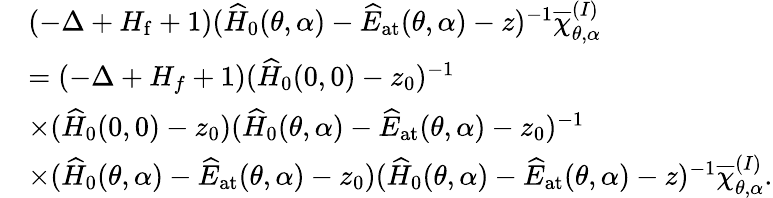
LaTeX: \begin{array}{rl}&{(-\Delta+H_{\mathrm{f}}+1)(\widehat{H}_{0}(\theta,\alpha)-\widehat{E}_{\mathrm{at}}(\theta,\alpha)-z)^{-1}\overline{{\chi}}_{\theta,\alpha}^{(I)}}\\ &{=(-\Delta+{H}_{f}+1)(\widehat{H}_{0}(0,0)-z_{0})^{-1}}\\ &{\times(\widehat{H}_{0}(0,0)-z_{0})(\widehat{H}_{0}(\theta,\alpha)-\widehat{E}_{\mathrm{at}}(\theta,\alpha)-z_{0})^{-1}}\\ &{\times(\widehat{H}_{0}(\theta,\alpha)-\widehat{E}_{\mathrm{at}}(\theta,\alpha)-z_{0})(\widehat{H}_{0}(\theta,\alpha)-\widehat{E}_{\mathrm{at}}(\theta,\alpha)-z)^{-1}\overline{{\chi}}_{\theta,\alpha}^{(I)}.}\end{array}